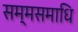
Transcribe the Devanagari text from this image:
सम्मसमाधि